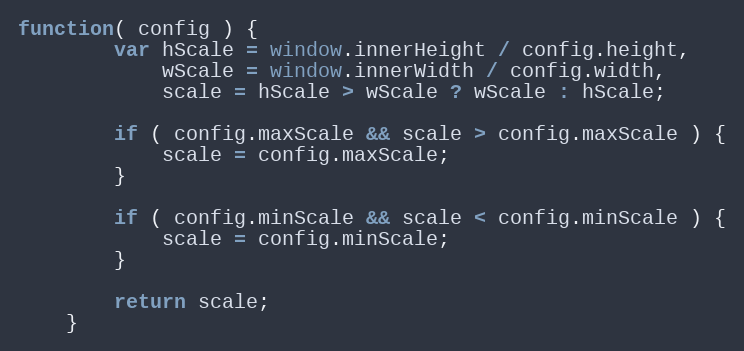
Language: JavaScript
function( config ) {
        var hScale = window.innerHeight / config.height,
            wScale = window.innerWidth / config.width,
            scale = hScale > wScale ? wScale : hScale;

        if ( config.maxScale && scale > config.maxScale ) {
            scale = config.maxScale;
        }

        if ( config.minScale && scale < config.minScale ) {
            scale = config.minScale;
        }

        return scale;
    }